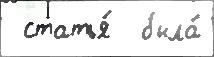
 статья́  была́